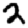
Digit: 2